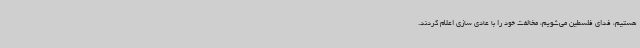
هستیم، فدای فلسطین می‌شویم، مخالفت خود را با عادی سازی اعلام کردند.